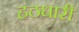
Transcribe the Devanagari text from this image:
हठधारी